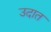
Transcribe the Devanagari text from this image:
उदात